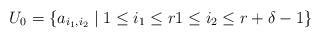
LaTeX: \begin{align*}U_0 = \left\{ a_{i_1,i_2} \mid 1 \leq i_1 \leq r 1 \leq i_2 \leq r+\delta-1 \right\} \end{align*}